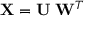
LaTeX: \mathbf { X } = \mathbf { U } \mathbf { \Sigma } \mathbf { W } ^ { T }